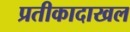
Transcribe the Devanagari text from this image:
प्रतीकादाखल